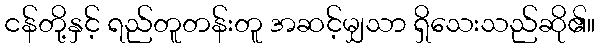
ငန်တို့နှင့် ရည်တူတန်းတူ အဆင့်မျှသာ ရှိသေးသည်ဆို၏။